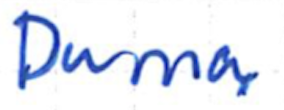
Text: Duma,
Cross-out: clean
Writing tool: ballpoint